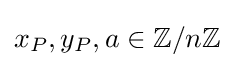
x_{P},y_{P},a\in \mathbb {Z} /n\mathbb {Z}